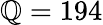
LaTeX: \mathbb{Q}=194